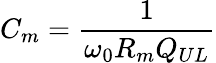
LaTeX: C_{m}=\frac{1}{\omega_{0}R_{m}Q_{UL}}